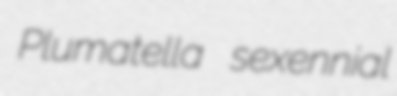
Plumatella sexennial